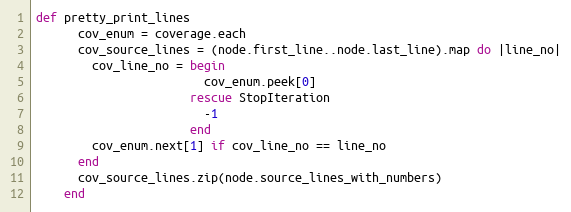
Language: Ruby
def pretty_print_lines
      cov_enum = coverage.each
      cov_source_lines = (node.first_line..node.last_line).map do |line_no|
        cov_line_no = begin
                        cov_enum.peek[0]
                      rescue StopIteration
                        -1
                      end
        cov_enum.next[1] if cov_line_no == line_no
      end
      cov_source_lines.zip(node.source_lines_with_numbers)
    end